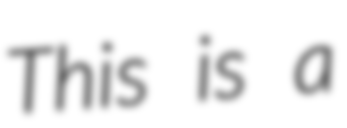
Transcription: This is a